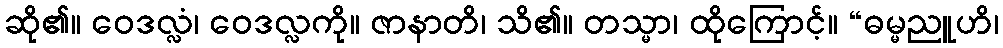
ဆို၏။ ဝေဒလ္လံ၊ ဝေဒလ္လကို။ ဇာနာတိ၊ သိ၏။ တသ္မာ၊ ထိုကြောင့်။ “ဓမ္မညူဟိ၊